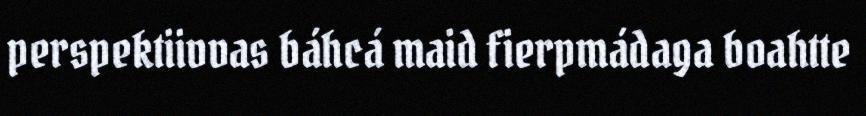
perspektiivvas báhcá maid fierpmádaga boahtte